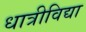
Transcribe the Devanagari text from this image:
धात्रीविद्या